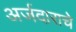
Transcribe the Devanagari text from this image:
अर्जदाराचे